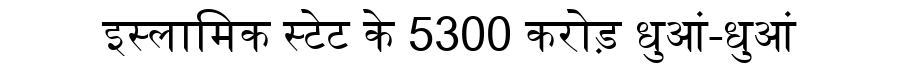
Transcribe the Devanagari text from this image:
इस्लामिक स्टेट के 5300 करोड़ धुआं-धुआं